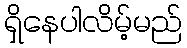
ရှိနေပါလိမ့်မည်